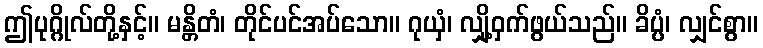
ဤပုဂ္ဂိုလ်တို့နှင့်။ မန္တိတံ၊ တိုင်ပင်အပ်သော။ ဂုယှံ၊ လျှို့ဝှက်ဖွယ်သည်။ ခိပ္ပံ၊ လျှင်စွာ။